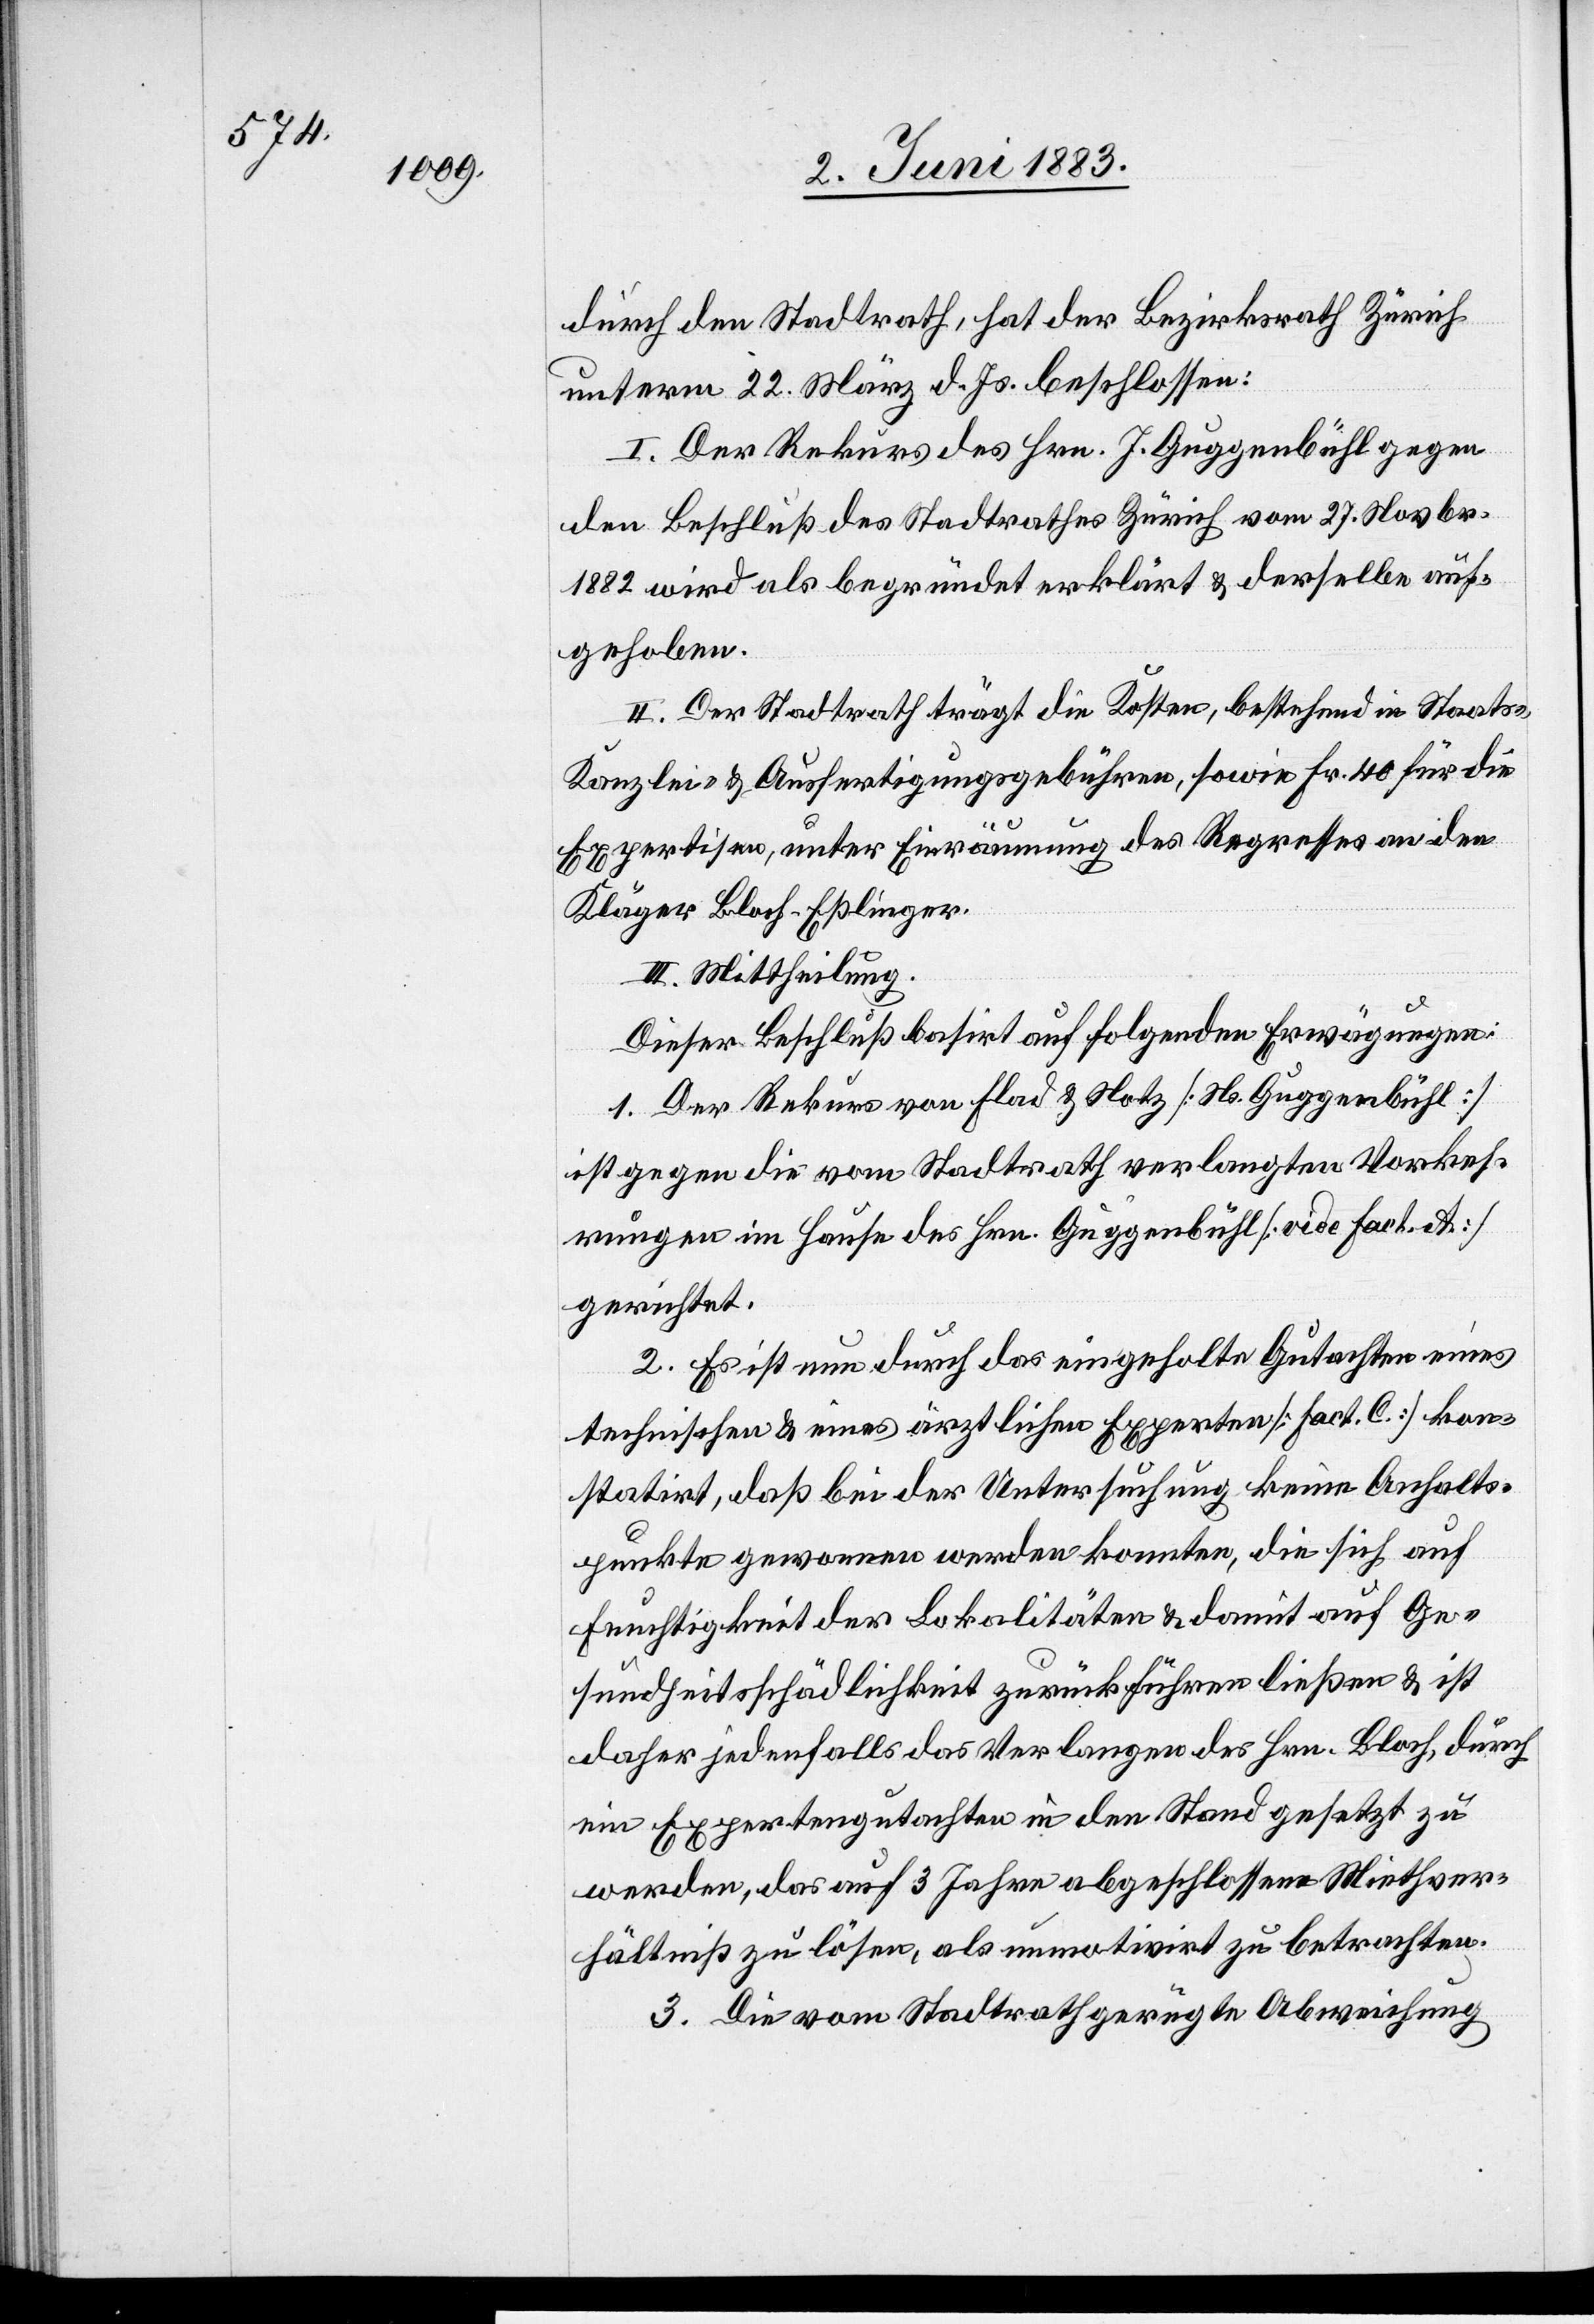
durch den Stadtrath, hat der Bezirksrath Zürich
unterm 22. März d. Js. beschlossen:
I. Der Rekurs des Hrn. J. Guggenbühl gegen
den Beschluß des Stadtrathes Zürich vom 27. Novbr.
1882 wird als begründet erklärt & derselbe auf¬
gehoben.
II. Der Stadtrath trägt die Kosten, bestehend in Staats-,
Kanzlei- & Ausfertigungsgebühren, sowie Fr. 40 für die
Expertisen, unter Einräumung des Regresses an den
Kläger Bloch-Eßlinger.
III. Mittheilung.
Dieser Beschluß basirt auf folgenden Erwägungen:
1. Der Rekurs von Flad & Notz [Ns. Guggenbühl]
ist gegen die vom Stadtrath verlangten Vorkeh¬
rungen im Hause des Hrn. Guggenbühl [vide fac.t A]
gerichtet.
2. Es ist nun durch das eingeholte Gutachten eines
technischen & eines ärztlichen Experten [fact. C] kon¬
statirt, daß bei der Untersuchung keine Anhalts¬
punkte gewonnen werden konnten, die sich auf
Feuchtigkeit der Lokalitäten & damit auf Ge¬
sundheitsschädlichkeit zurückführen ließen & ist
daher jedenfalls das Verlangen des Hrn. Bloch, durch
ein Expertengutachten in den Stadt gesetzt zu
werden, das auf 3 Jahre abgeschlossene Miethver¬
hältniß zu lösen, als unmotivirt zu betrachten.
3. Die vom Stadtrath gerügte Abweichung